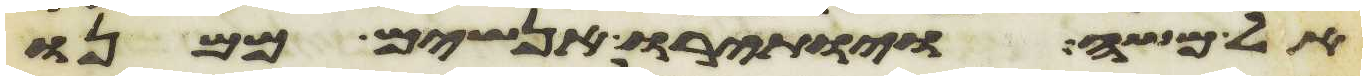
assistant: אל משה ויותירו אנשים ממנו